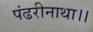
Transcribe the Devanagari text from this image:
पंढरीनाथा।।